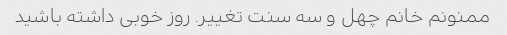
ممنونم خانم چهل و سه سنت تغییر. روز خوبی داشته باشید